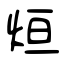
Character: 烜